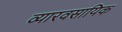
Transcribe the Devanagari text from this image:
व्यारवसायिक